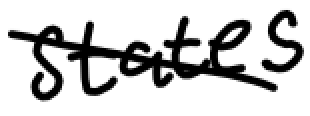
Text: States
Cross-out: diagonal
Writing tool: digital_black